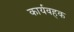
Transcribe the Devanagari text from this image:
कार्यवहक